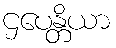
ဌပေန္တိယာ